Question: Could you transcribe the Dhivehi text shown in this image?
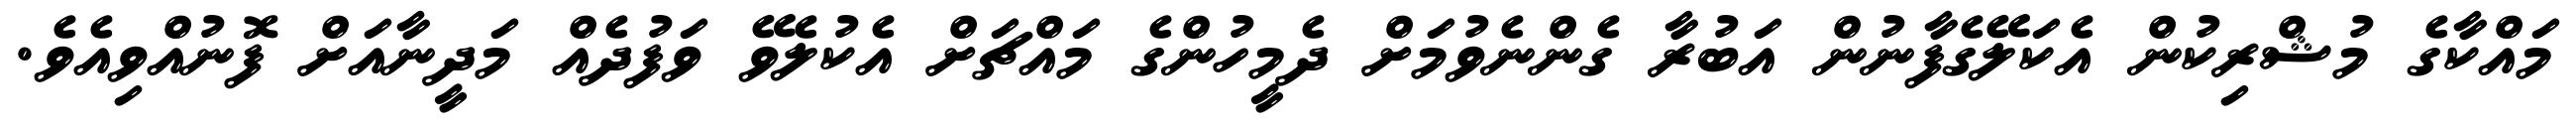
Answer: މައްކާގެ މުޝްރިކުން އެކަލޭގެފާނުން އަބުރާ ގެންނެވުމަށް ދެމީހުންގެ މައްޗަށް އެކުލެވޭ ވަފުދެއް މަދީނާއަށް ފޮނުއްވިއެވެ.